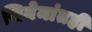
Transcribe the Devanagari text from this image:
सिनेमांतही